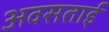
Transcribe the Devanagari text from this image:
अवसताई